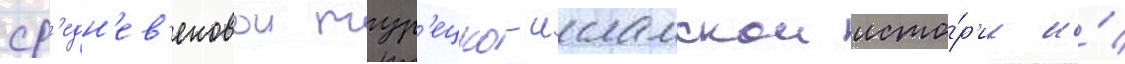
ср'едн'ев'ековои тур'ецко-исламскои исто́р'ии и́